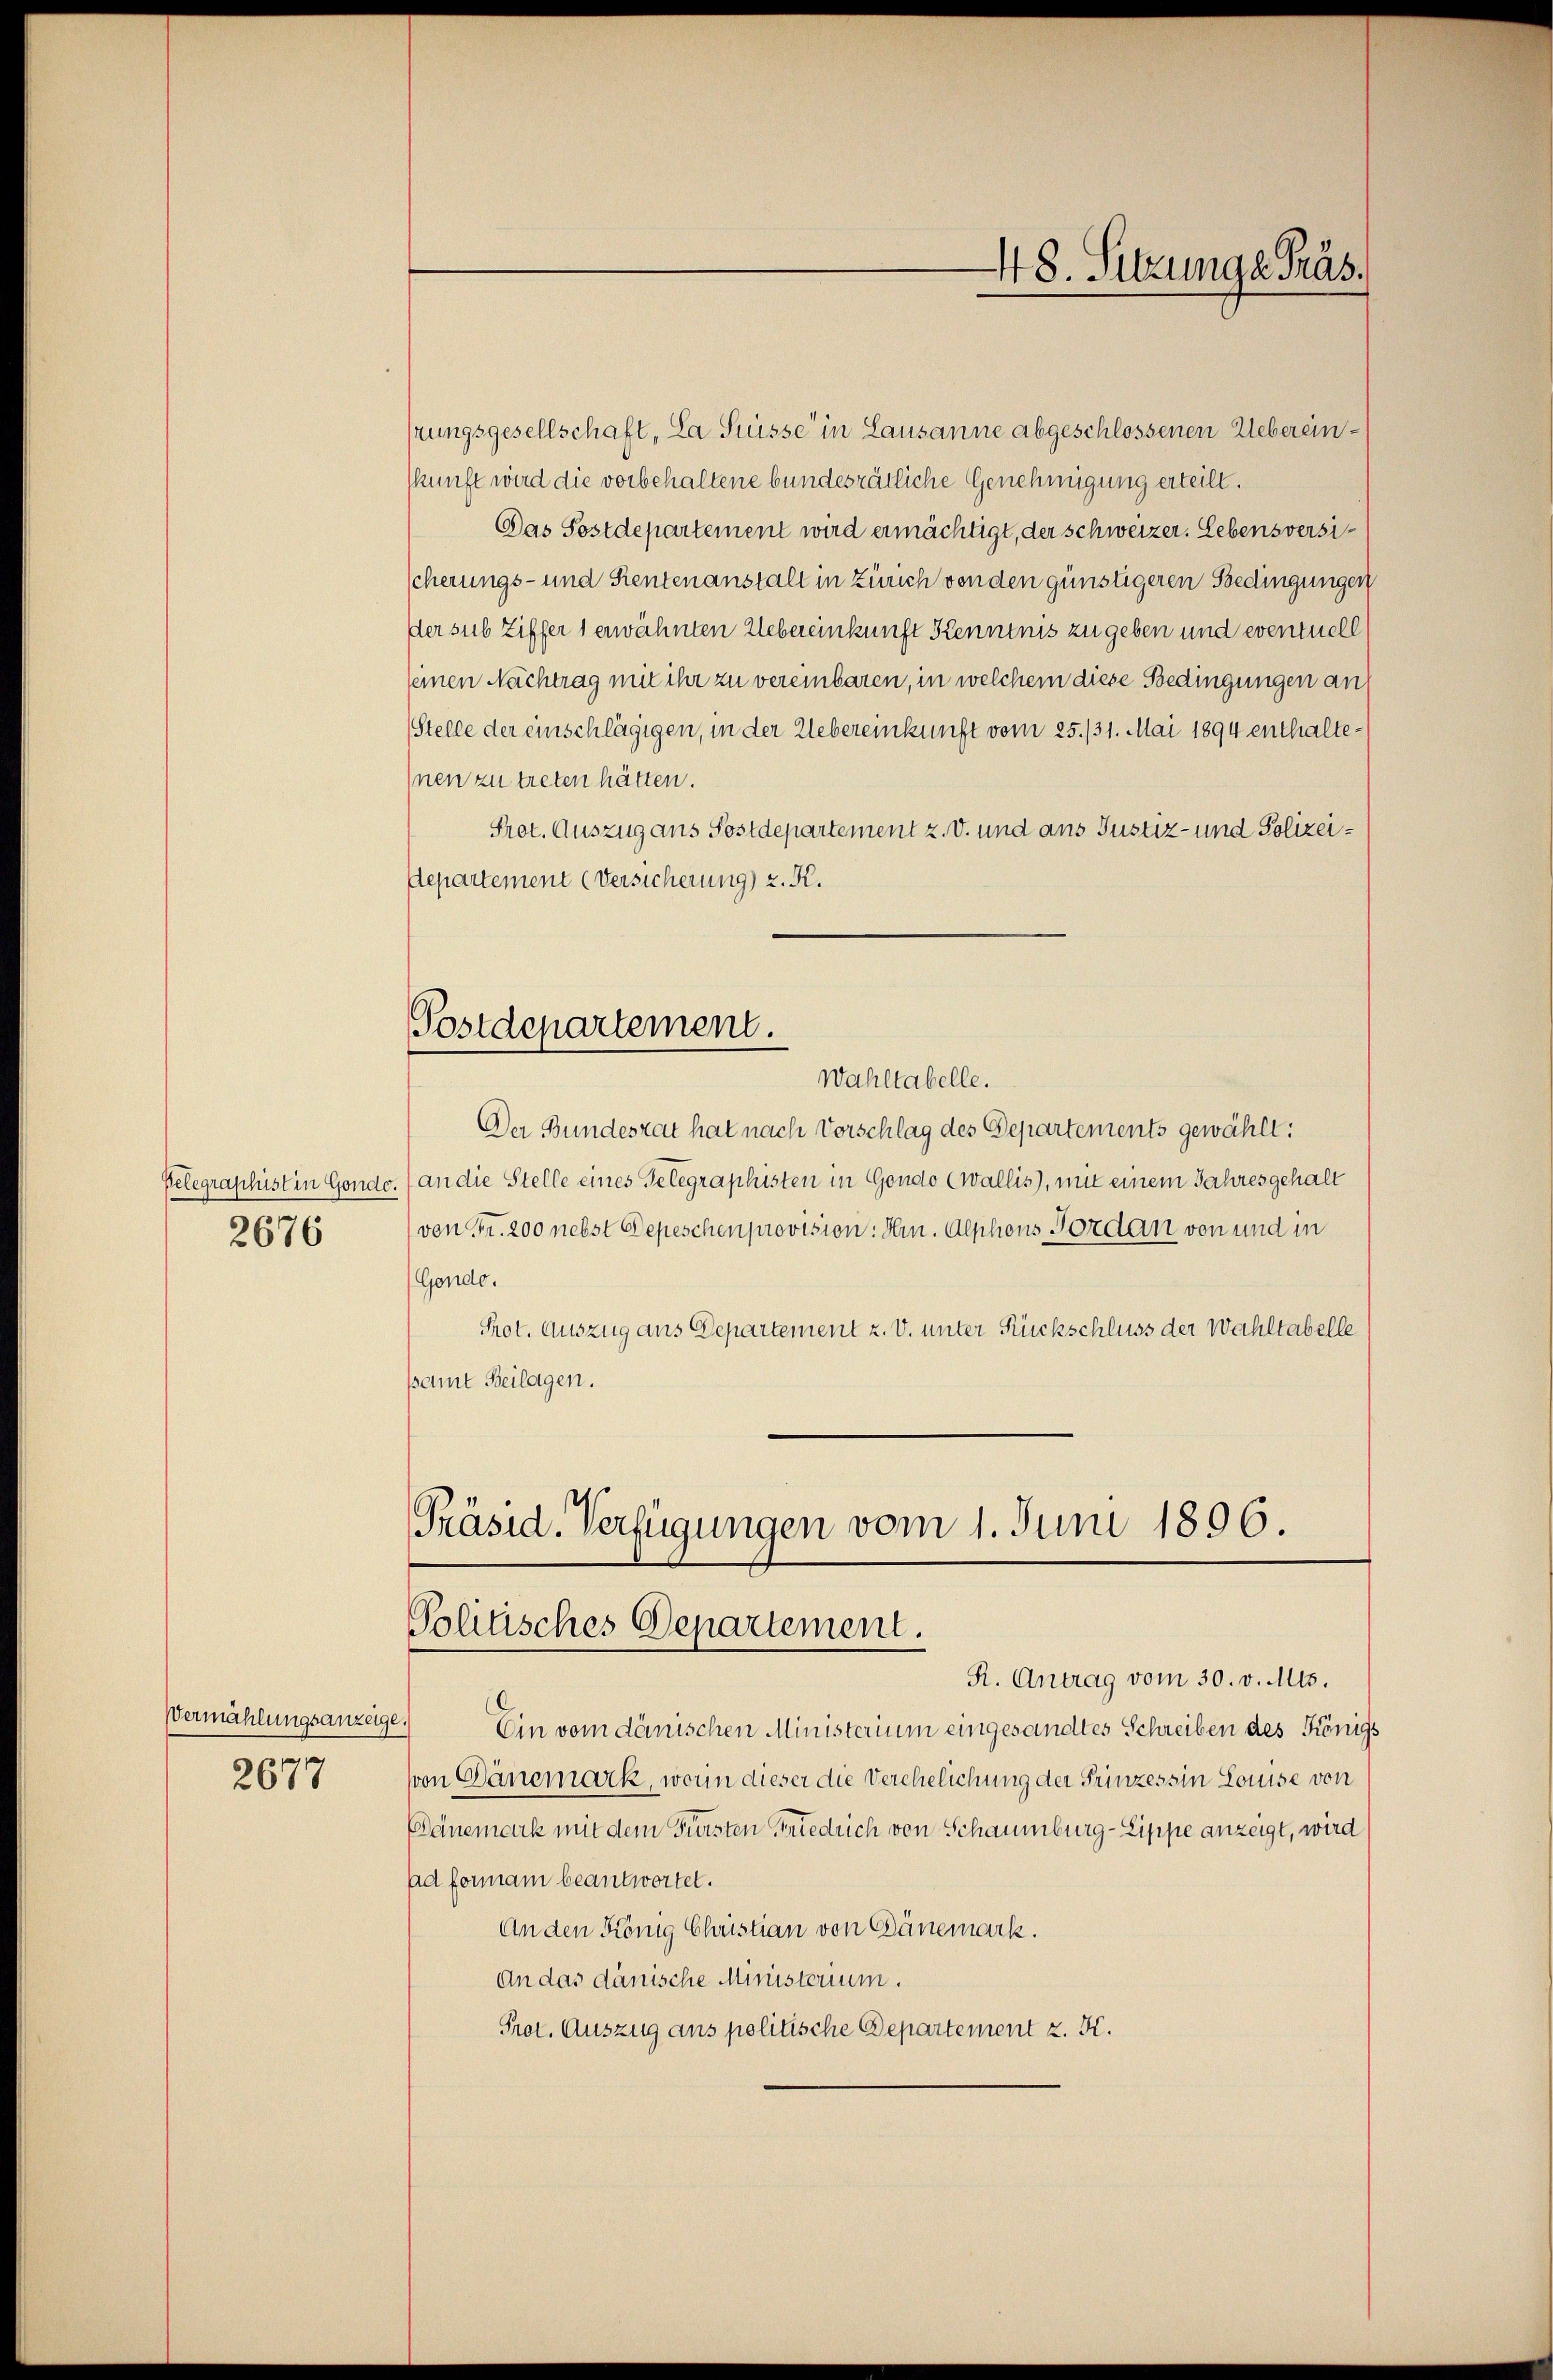
2676

Vermählungsanzeige.
2677

stungsgesellschaft, La Suisse in Lausanne abgeschlossenen Uebereinskunft wird die vorbehaltene bundesrätliche Genehmigung erteilt.
Das Sostdepartement wird ermächtigt, der schweizer. Lebensversischerungs- und Stentenanstalt in Zürich von den günstigeren Bedingungen
der sub Ziffer 1 erwähnten Uebereinkunft Kenntnis zu geben und eventuell
seinen Nachtrag mit ihr zu vereinbaren, in welchem diese Bedingungen an
Stelle der einschlägigen, in der Uebereinkunft vom 25. 131. Mai 1894 enthalte¬
Inen zu treten hätten.
Prot. Auszug aus Postdepartement z. v. und ans Justiz- und Polizei¬
Departement (Versicherung z. K.
Postdepartement.
Wahltabelle.
Der Bundesrat hat nach Vorschlag des Departements gewählt:
Pelegraphist in Gondo. (an die Stelle eines Gelegraphisten in Gondo Ewallis), mit einem Jahresgehalt
von Fr. 200 nebst Depeschen provision: Hrn. Alphons Forden von und in
Gendo.
Prot. Auszug aus Departement z. v. unter Rückschluss der Wahltabelle
samt Beilagen.

48. Sitzunge Präs.

Präsid. Verfügungen vom 1. Juni 1896.
Politisches Departement.
R. Antrag vom 30. v. Mts.

Ein vom dänischen Ministerium eingesandtes Schreiben des Königs
von Dänemark, worin dieser die Verehelichung der Prinzessin Louise von
Pänemark mit dem Freisten Friedrich von Schaumburg - Lippe anzeigt, wird
ad formani beantwortet.
An den König Christian von Gänemark.
An das dänische Ministerium.
Prot. Auszug ans politische Departement z. K.